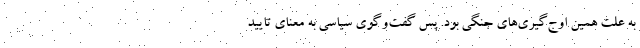
به علت همين اوج‌گيري‌هاي جنگي بود. پس گفت‌وگوي سياسي به معناي تاييد